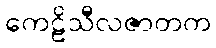
ကေဠိသီလဇာတက